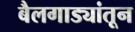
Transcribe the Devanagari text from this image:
बैलगाड्यांतून